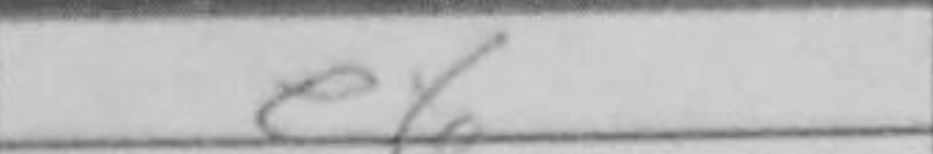
Transcription: e6